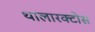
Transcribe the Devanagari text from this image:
थालारक्टोस